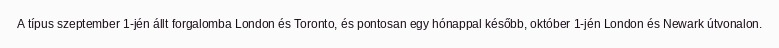
A típus szeptember 1-jén állt forgalomba London és Toronto, és pontosan egy hónappal később, október 1-jén London és Newark útvonalon.